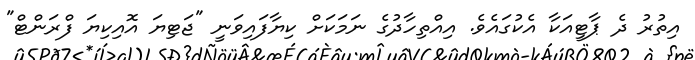
އިތުރު ދެ ޕާޓީއަކާ އެކުގައެވެ. އިއްތިހާދުގެ ނަމަކަށް ކިޔާފައިވަނީ "ޖަޓިޔަ އޮއިކިޔަ ފްރަންޓް"